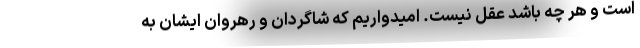
است و هر چه باشد عقل نیست. امیدواریم که شاگردان و رهروان ایشان به